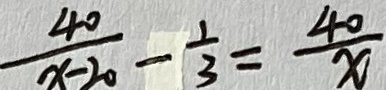
\frac { 4 0 } { x - 2 0 } - \frac { 1 } { 3 } = \frac { 4 0 } { x }